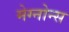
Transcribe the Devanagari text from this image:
मेग्नोन्स